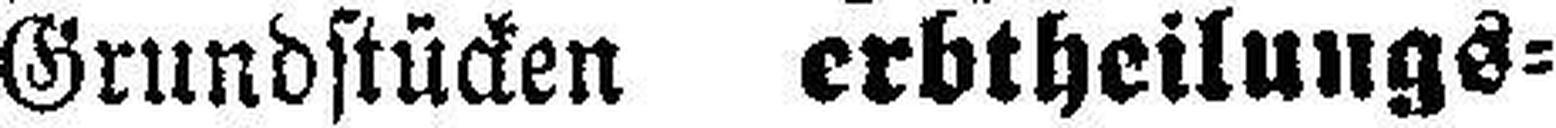
Grundstücken erbtheilungs¬